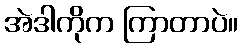
အဲဒါကိုက ကြာတာပဲ။